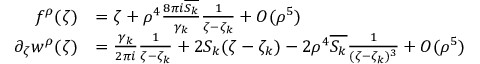
\begin{array} { r l } { f ^ { \rho } ( \zeta ) } & { = \zeta + \rho ^ { 4 } \frac { 8 \pi i \overline { { S _ { k } } } } { \gamma _ { k } } \frac { 1 } { \zeta - \zeta _ { k } } + O ( \rho ^ { 5 } ) } \\ { \partial _ { \zeta } w ^ { \rho } ( \zeta ) } & { = \frac { \gamma _ { k } } { 2 \pi i } \frac { 1 } { \zeta - \zeta _ { k } } + 2 S _ { k } ( \zeta - \zeta _ { k } ) - 2 \rho ^ { 4 } \overline { { S _ { k } } } \frac { 1 } { ( \zeta - \zeta _ { k } ) ^ { 3 } } + O ( \rho ^ { 5 } ) } \end{array}